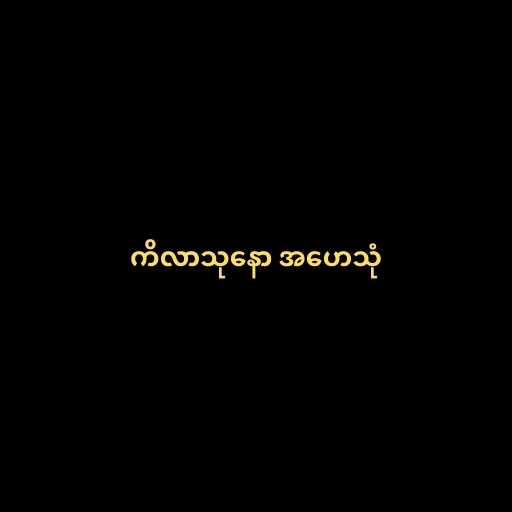
ကိလာသုနော အဟေသုံ